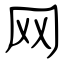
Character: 网